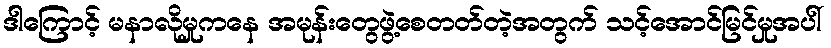
ဒါကြောင့် မနာလိုမှုကနေ အမုန်းတွေဖွဲ့စေတတ်တဲ့အတွက် သင့်အောင်မြင်မှုအပါ်